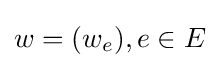
w=(w_{e}),e\in E